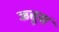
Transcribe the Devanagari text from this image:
ऋत्तूनां